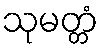
သုမတ္တံ